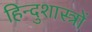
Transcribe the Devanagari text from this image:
हिन्दुशास्त्रों